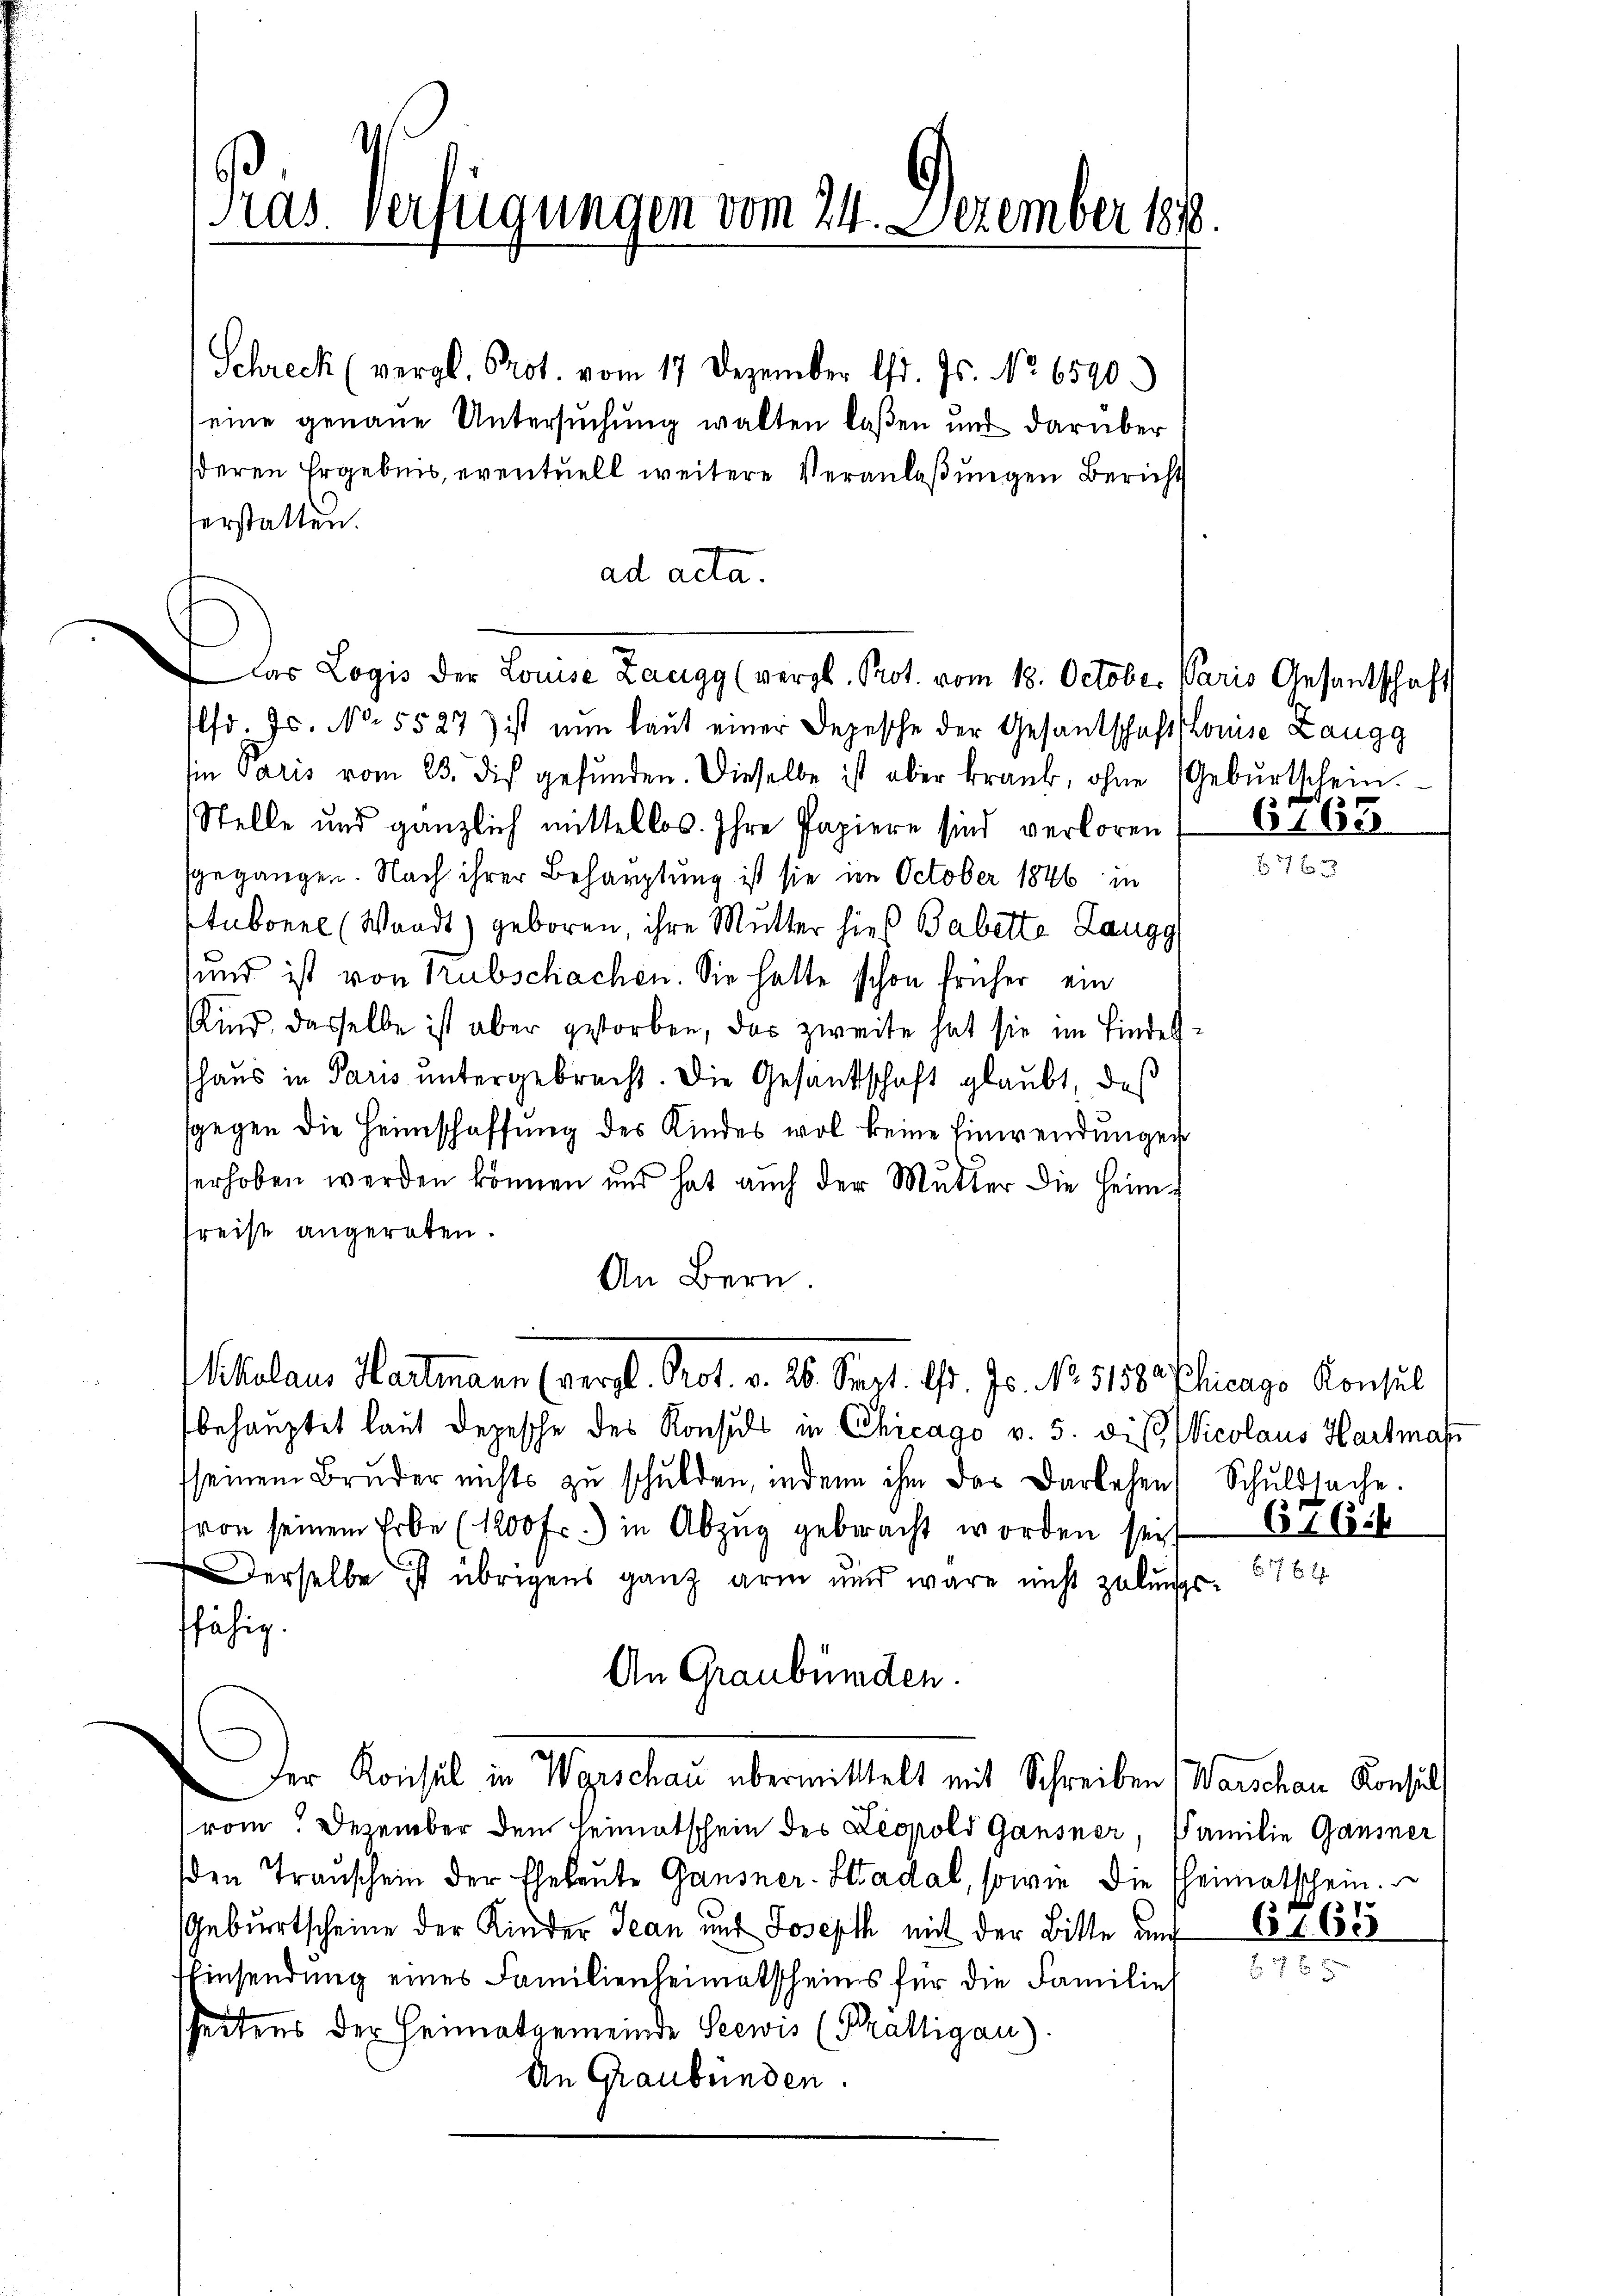
Schreck (vergl. Prot. vom 17. Dezember lfd. Js. No. 6590.)
eine genaue Untersuchung walten laßen und darüber
deren Ergebnis, eventuell weitere Veranlaßungen Bericht
verstatten.
ad acta.
das Logis der Louise Zaugg (vergl. Prot. vom 18. October. Paris Gesantschaft
lfd. Js. No. 5527) ist nun laut einer Depesche der Gesantschaft Louise Zangg
Ein Paris vom 23. dis gefŭnden. Dieselbe ist aber krank, ohne Gebŭrtschein.
Stelle und gänzlich mittellos. Ihre Papiere sind verloren
sgegangen. Nach ihrer Behauptung ist sie im October 1846 in
tubonne (Waadt) geboren, ihre Mutter hier Babette Langg
sund ist von Trubschachen. Sie hatte schon früher ein
Kind, dasselbe ist aber gestorben, das zweite hat sie im Lindeshaus in Paris untergebracht. Die Gesandschaft glaubt, das
sgegen die Heimschaffŭng des Kindes wol keine Einwendungen
erhoben werden können und hat auch der Mutter die Heim¬
Preise angeraten.
An Bern.
Skalaus Hartmann (vergl. Prot. v. 26. Sept. l. Js. No 1158. Plicago Konsul
behauptet laut Depesche des Konsuls in Chicago v. 5. die Wicolaus Hartman
sseinem Bruder nichts zu schulden, indem ihm das Darlehen Schuldsache.
von seinem Erbe (1200 fr.) in Abzŭg gebracht worden sey,
Derselbe ist übrigens ganz arm und wäre nicht zelungsffähig.
An Graubünden.
Der Konsul in Warschau übermittelt mit Schreiben (Warschau Konsul
vom. Dezember dem Heimatschein des Leopold Gansner, Familie Gänsner
den Transchein der Eheleute Gansner-Stadal, sowie die heimatschein.
Geburtscheine der Kinder Jean und Joseph mit der Bitte auf
Einsendung eines Familienheimatscheins für die Familie
sheitens der Heimatgemeinde Seewis (Prättigau).
An Graubünden.

Pras Verfügungen vom 24. Dezember 188

617

6165

76 f

6765